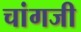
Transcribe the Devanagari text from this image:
चांगजी